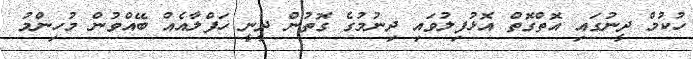
ހުކުމް ދީނުގައި އޮތްގޮތް އޮޅުފިލުވައި ދިނުމުގެ ގޮތުން ދީނީ ހަފްލާއެއް ބޭއްވުން މުހިންމު